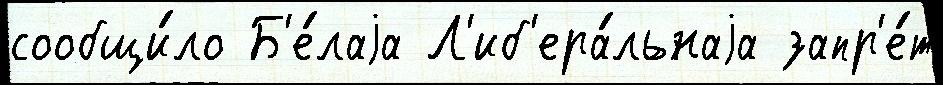
сообщи́ло Б'е́лаjа Л'иб'ера́льнаjа запр'е́т